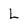
Character: L